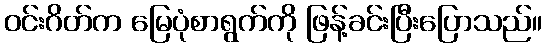
ဝင်းဂိတ်က မြေပုံစာရွက်ကို ဖြန့်ခင်းပြီးပြောသည်။